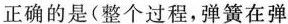
正确的是(整个过程，弹